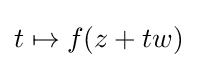
t\mapsto f(z+tw)